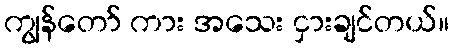
ကျွန်တော် ကား အသေး ငှားချင်တယ်။